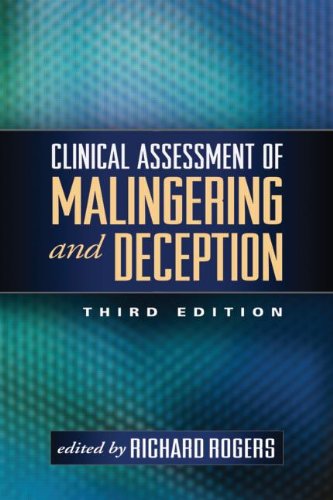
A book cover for Clinical Assessment of Malingering and Deception, Third Edition; Medical Books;